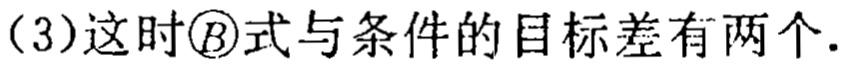
（3）这时\textcircled{B}式与条件的目标差有两个.